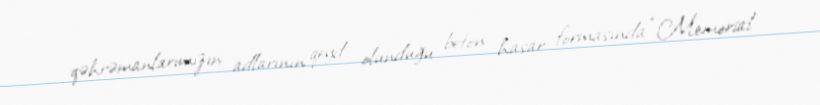
qəhrəmanlarımızın adlarının qeyd olunduğu beton hasar formasında “Memorial